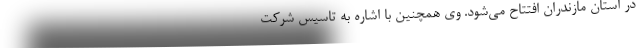
در استان مازندران افتتاح می‌شود. وی همچنین با اشاره به تاسیس شرکت